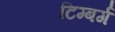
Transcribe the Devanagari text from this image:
टिम्बर्ग